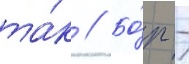
та́к // Бо́р -